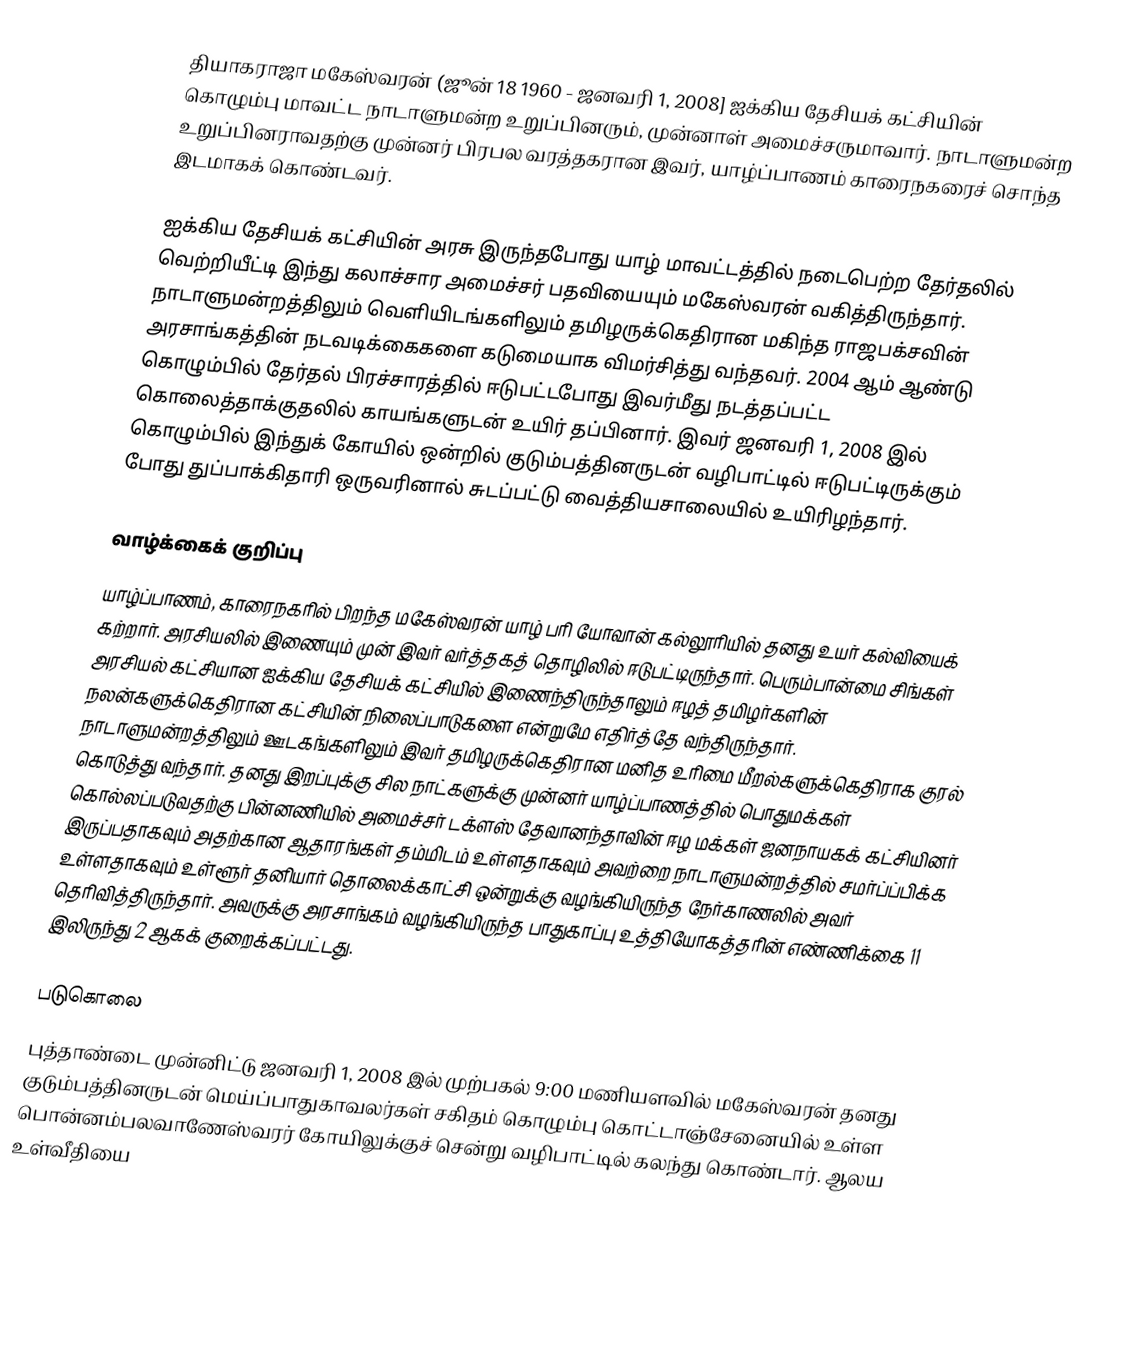
தியாகராஜா மகேஸ்வரன் (ஜூன் 18 1960 - ஜனவரி 1, 2008] ஐக்கிய தேசியக் கட்சியின் கொழும்பு மாவட்ட நாடாளுமன்ற உறுப்பினரும், முன்னாள் அமைச்சருமாவார். நாடாளுமன்ற உறுப்பினராவதற்கு முன்னர் பிரபல வரத்தகரான இவர், யாழ்ப்பாணம் காரைநகரைச் சொந்த இடமாகக் கொண்டவர்.

ஐக்கிய தேசியக் கட்சியின் அரசு இருந்தபோது யாழ் மாவட்டத்தில் நடைபெற்ற தேர்தலில் வெற்றியீட்டி இந்து கலாச்சார அமைச்சர் பதவியையும் மகேஸ்வரன் வகித்திருந்தார். நாடாளுமன்றத்திலும் வெளியிடங்களிலும் தமிழருக்கெதிரான மகிந்த ராஜபக்சவின் அரசாங்கத்தின் நடவடிக்கைகளை கடுமையாக விமர்சித்து வந்தவர். 2004 ஆம் ஆண்டு கொழும்பில் தேர்தல் பிரச்சாரத்தில் ஈடுபட்டபோது இவர்மீது நடத்தப்பட்ட கொலைத்தாக்குதலில் காயங்களுடன் உயிர் தப்பினார். இவர் ஜனவரி 1, 2008 இல் கொழும்பில் இந்துக் கோயில் ஒன்றில் குடும்பத்தினருடன் வழிபாட்டில் ஈடுபட்டிருக்கும் போது துப்பாக்கிதாரி ஒருவரினால் சுடப்பட்டு வைத்தியசாலையில் உயிரிழந்தார்.

வாழ்க்கைக் குறிப்பு
யாழ்ப்பாணம், காரைநகரில் பிறந்த மகேஸ்வரன் யாழ் பரி யோவான் கல்லூரியில் தனது உயர் கல்வியைக் கற்றார். அரசியலில் இணையும் முன் இவர் வர்த்தகத் தொழிலில் ஈடுபட்டிருந்தார். பெரும்பான்மை சிங்கள் அரசியல் கட்சியான ஐக்கிய தேசியக் கட்சியில் இணைந்திருந்தாலும் ஈழத் தமிழர்களின் நலன்களுக்கெதிரான கட்சியின் நிலைப்பாடுகளை என்றுமே எதிர்த்தே வந்திருந்தார். நாடாளுமன்றத்திலும் ஊடகங்களிலும் இவர் தமிழருக்கெதிரான மனித உரிமை மீறல்களுக்கெதிராக குரல் கொடுத்து வந்தார். தனது இறப்புக்கு சில நாட்களுக்கு முன்னர் யாழ்ப்பாணத்தில் பொதுமக்கள் கொல்லப்படுவதற்கு பின்னணியில் அமைச்சர் டக்ளஸ் தேவானந்தாவின் ஈழ மக்கள் ஜனநாயகக் கட்சியினர் இருப்பதாகவும் அதற்கான ஆதாரங்கள் தம்மிடம் உள்ளதாகவும் அவற்றை நாடாளுமன்றத்தில் சமர்ப்ப்பிக்க உள்ளதாகவும் உள்ளூர் தனியார் தொலைக்காட்சி ஒன்றுக்கு வழங்கியிருந்த நேர்காணலில் அவர் தெரிவித்திருந்தார். அவருக்கு அரசாங்கம் வழங்கியிருந்த பாதுகாப்பு உத்தியோகத்தரின் எண்ணிக்கை 11 இலிருந்து 2 ஆகக் குறைக்கப்பட்டது.

படுகொலை
புத்தாண்டை முன்னிட்டு ஜனவரி 1, 2008 இல் முற்பகல் 9:00 மணியளவில் மகேஸ்வரன் தனது குடும்பத்தினருடன் மெய்ப்பாதுகாவலர்கள் சகிதம் கொழும்பு கொட்டாஞ்சேனையில் உள்ள பொன்னம்பலவாணேஸ்வரர் கோயிலுக்குச் சென்று வழிபாட்டில் கலந்து கொண்டார். ஆலய உள்வீதியை